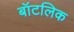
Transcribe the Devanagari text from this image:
बॉटलिक